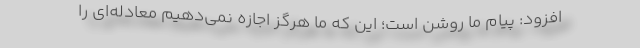
افزود: پیام ما روشن است؛ این که ما هرگز اجازه نمی‌دهیم معادله‌ای را